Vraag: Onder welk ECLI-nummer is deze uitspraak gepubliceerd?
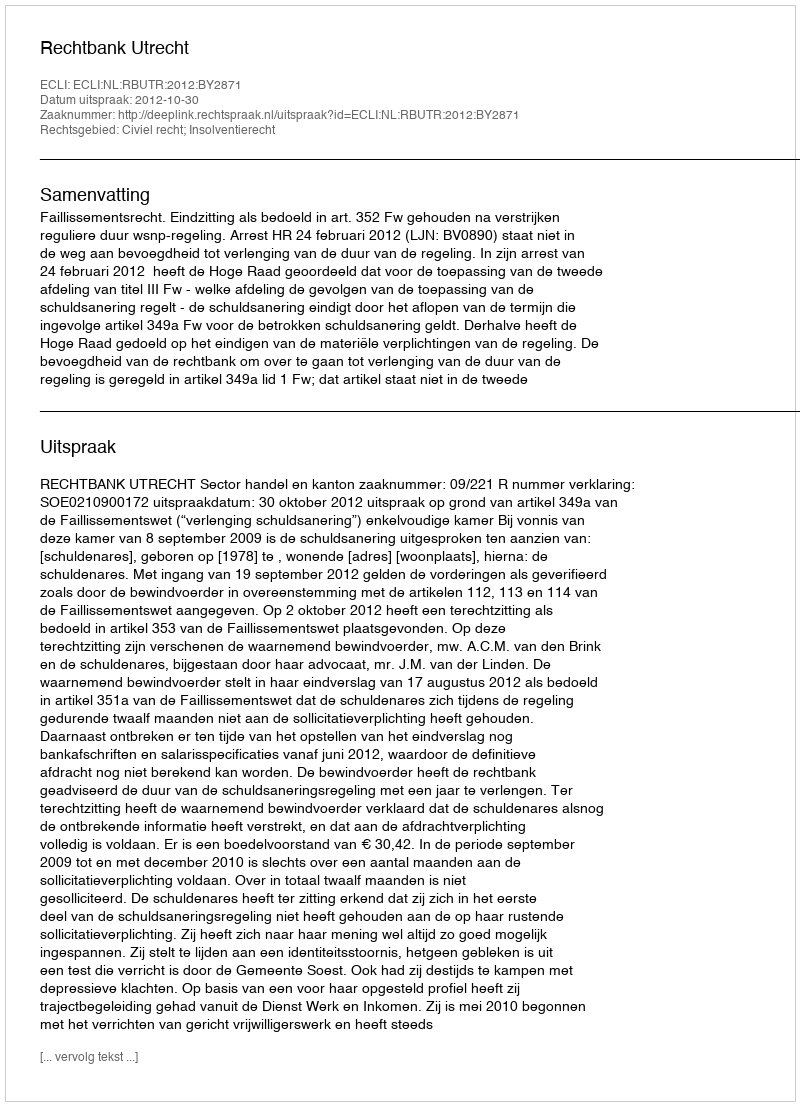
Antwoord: ECLI:NL:RBUTR:2012:BY2871